Lunatic asylums in Bengal annual reports 1888-1898 - 1888-1898
Year: 1888
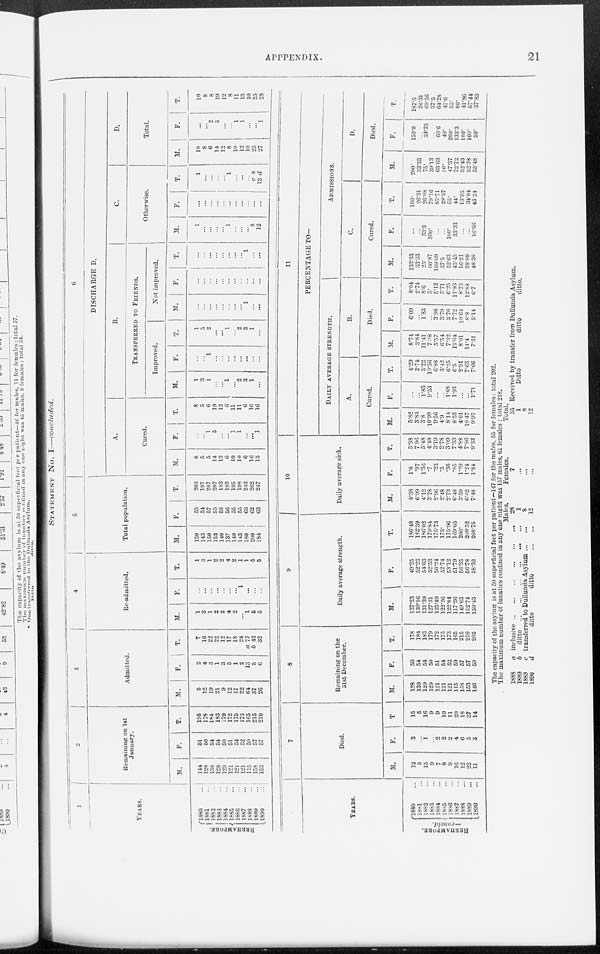
APPENDIX.
21
STATEMENT No. I—concluded.
1
YEARS.
BERHAMPORE.
1880 ...
1881 ...
1882 ...
1883 ...
1884 ...
1885 ...
1886 ...
1887 ...
1888 ...
1889 ...
1890 ...
2
Remaining on 1st
January.
M.
144
128
130
129
129
121
121
121
115
158
153
F.
51
50
54
54
50
51
54
52
50
57
57
T.
195
178
184
183
179
172
175
173
165
215
210
3
Admitted.
M.
5
12
19
21
9
12
17
22
64
37
26
F.
2
4
3
1
3
5
1
2
13
5
6
T.
7
16
22
22
12
17
18
24
a 77
b 42
32
4
Re-admitted.
M.
1
3
1
2
2
4
2
...
1
5
5
F.
...
...
...
...
...
...
... 1
...
...
...
T.
1
3
1
2
2
4
2
1
1
5
5
5
Total population.
M.
150
143
150
152
140
137
140
143
180
200
184
F.
53
54
57
55
53
56
55
55
63
62
63
T.
203
197
207
207
193
193
195
198
243
262
247
6
DISCHARGED.
A.
Cured.
M.
8
5
5
14
12
6
10
10
6
16
15
F.
...
...
1
5
...
...
1
1
...
...
1
T.
8
5
6
19
12
6
11
11
6
16
16
B.
TRANSFERRED TO FRIENDS.
Improved.
M.
1
3
1
...
...
1
...
2
3
1
...
F.
...
...
1
...
...
...
...
...
...
...
...
T.
1
3
2
...
...
1
...
2
3
1
...
Not improved.
M.
...
...
...
...
...
...
...
...
1
...
...
F.
...
...
...
...
...
...
...
...
...
...
...
T.
...
...
...
...
...
...
...
...
1
...
...
C.
Otherwise.
M.
1
...
...
...
...
1
...
...
...
8
12
F.
...
...
...
...
...
...
...
...
...
...
...
T.
1
...
...
...
...
1
...
...
...
c 8
12 d
D.
Total.
M.
10
8 6
14
12
8
10
12
10
25
27
F.
...
...
2
5
...
...
1
1
...
...
1
T.
10
8
8
19
12
8
11 13
10
25
28
YEARS.
BERHAMPORE.
—concld.
1880 ...
1881 ...
1882 ...
1883 ...
1884 ...
1885 ...
1886 ...
1887 ...
1888 ...
1889 ...
1890 ...
7
Died.
M.
12
5
15
9
7
8
9
16
12
22
11
F.
3
...
1
...
2
2
2
4
6
5
3
T
15
5
16
9
9
10
11
20
18
27
14
8
Remaining on the
31st December.
M.
128
130
129
129
121
121
121
115
158
153
146
F.
50
54
54
50
51
54
52
50
57
57
59
T.
178
184
183
179
172
175
173
165
215
210
205
9
Daily average strength.
M.
137.23
130.16
131.39
127.31
125.49
122.26
122.84
117.26
149.65
152.74
150.43
F.
49.25
52.23
54.63
52.53
50.24
52.74
53.12
51.79
56.35
56.78
58.32
T.
186.48
182.39
186.02
179.84
175.73
175.
175.96
169.05
206.
209.52
208.75
10
Daily average sick.
M.
4.38
6.99
4.12
3.78
2.96
2.48
2.73
6.48
3.59
6.62
7.48
F.
1.0
.97
1.36
.7
.23
.3
.36
.85
1.29
1.24
1.84
T.
5.38
7.96
5.48
4.48
3.19
2.78
3.09
7.33
4.88
7.86
9.32
11
PERCENTAGE TO—
DAILY AVERAGE STRENGTH.
A.
Cured.
M.
5.82
3.84
3.8
10.99
9.56
4.9
8.14
8.52
4.01
10.47
9.97
F.
...
...
1.83
9.53
...
...
1.88
1.93
...
...
1.71
T.
4.29
2.74
3.22
10.56
6.88
3.42
6.25
6.5
2.91
7.63
7.66
B.
Died.
M.
8.74
3.84
11.41
7.08
5.57
6.54
7.32
13.64
8.01
14.4
7.31
F.
6.09
...
1.83
...
3.98
3.79
3.76
7.72
10.64
8.8
5.14
T.
8.04
2.74
8.6
5.
5.12
5.71
6.25
11.83
8.73
12.88
6.7
ADMISSIONS.
C.
Cured.
M.
133.33
33.33
25.
60.87
109.09
37.5
52.63
45.45
16.21
38.09
48.38
F.
...
...
33.3
500.
...
...
100.
33.33
...
...
16.66
T.
100.
26.31
26.08
79.16
85.71
28.57
55.
44.
13.95
34.04
43.24
D.
Died.
M.
200.
33.33
75.
39.13
63.63
50.
47.37
72.72
32.43
52.38
35.48
F.
150.0
...
33.33
...
66.6
40.
200.
133.3
100.
100.
50.
T.
187.5
26.31
69.56
37.5
64.28
47.6
55.
80.
41.86
57.44
37.83
The capacity of the asylum is at 50 superficial feet per patient—147 for the males, 55 for females: total 202.
The maximum number of lunatics confined in any one night was 157 males, 61 females : total 218.
1888
1889
1889
1890
a inclusive
...
...
...
...
...
...
b
ditto
...
...
...
...
...
...
c transferred to Dullunda Asylum ... ...
d
ditto
ditto
...
...
Males.
28
1
8
12
Females.
7
...
...
...
Total.
35
1
8
12
Received by transfer from Dullunda Asylum.
Ditto
ditto
ditto.